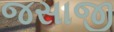
જસાજી